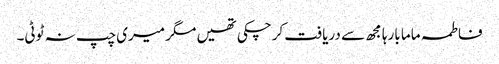
فاطمہ ماما بارہا مجھ سے دریافت کرچکی تھیں مگر میری چپ نہ ٹوٹی۔